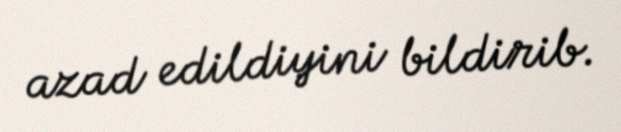
azad edildiyini bildirib.